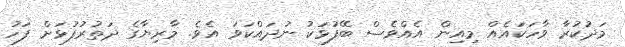
މަދުކުރާ ވާހަކައެއް މިއިން އެއްވެސް ބޭފުޅަކު ނުދައްކަވަ އެވެ. މާރިޔާގެ ދަތުރުފުޅަށް ފަހު